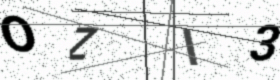
Text: OZI3